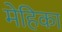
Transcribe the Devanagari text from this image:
मेहिका